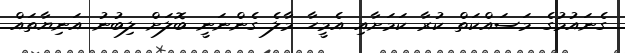
ގެނައުމުގެ މަސައްކަތް ކުރާ ކަމަށާއި އެމީހާ މާލެ ގެންނަނީ ބޮލަށް ލިބުނު އަނިޔާތައް